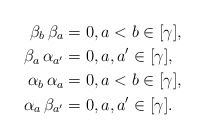
\begin{align*} \beta_b \, \beta_a & = 0, a < b \in [\gamma], \\ \beta_a \, \alpha_{a'} & = 0, a, a' \in [\gamma], \\ \alpha_b \, \alpha_a & = 0, a < b \in [\gamma], \\ \alpha_a \, \beta_{a'} & = 0, a, a' \in [\gamma]. \end{align*}